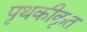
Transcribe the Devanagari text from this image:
पृथकीकृत